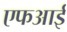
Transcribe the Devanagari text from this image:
एफआई